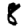
Digit: 8